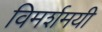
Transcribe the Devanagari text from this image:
विमर्शमयी